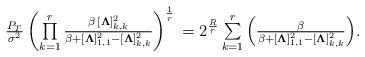
LaTeX: \begin{align*}\textstyle{\frac{P_T}{\sigma^2}}\left(\prod\limits_{k=1}^{r}\frac{\beta\,[\boldsymbol{\Lambda}]_{k,k}^2}{\beta+[\boldsymbol{\Lambda}]_{1,1}^2-[\boldsymbol{\Lambda}]_{k,k}^2}\right)^{\frac{1}{r}}&\,=2^{\frac{R}{r}}\,{\textstyle\sum\limits_{k=1}^{r}\left(\frac{\beta}{\beta+[\boldsymbol{\Lambda}]_{1,1}^2-[\boldsymbol{\Lambda}]_{k,k}^2}\right)}.\end{align*}